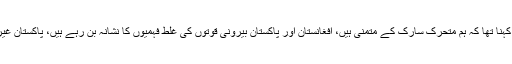
خطے کی صورتحال کا تذکرہ کرتے ہوئے ان کا کہنا تھا کہ ہم متحرک سارک کے متمنی ہیں، افغانستان اور پاکستان بیرونی قوتوں کی غلط فہمیوں کا نشانہ بن رہے ہیں، پاکستان غیرملکی پناہ گزینوں کی سب سے بڑی آماجگاہ ہے۔